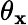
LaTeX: \theta_{\mathbf{x}}